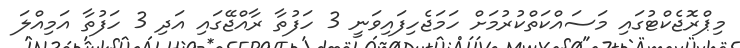
މިޕްރޮޖެކްޓުގައި މަސައްކަތްކުރުމަށް ހަމަޖެހިފައިވަނީ 3 ހަފުތާ ރާއްޖޭގައި އަދި 3 ހަފުތާ އަމިއްލަ